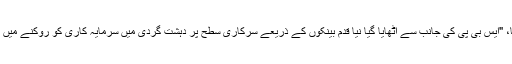
انہوں نے کہا، "ایس بی پی کی جانب سے اٹھایا گیا نیا قدم بینکوں کے ذریعے سرکاری سطح پر دہشت گردی میں سرمایہ کاری کو روکنے میں مدد کرے گا۔